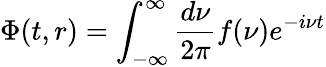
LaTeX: \Phi(t,r)=\int_{-\infty}^{\infty}{\frac{d\nu}{2\pi}}f(\nu)e^{-i\nu t}